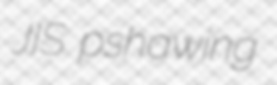
JIS pshawing